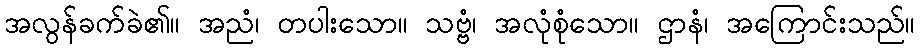
အလွန်ခက်ခဲ၏။ အညံ၊ တပါးသော။ သဗ္ဗံ၊ အလုံစုံသော။ ဌာနံ၊ အကြောင်းသည်။